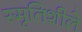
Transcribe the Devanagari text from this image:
स्मृतिशीले